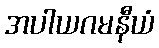
အပါယဂမနီယံ